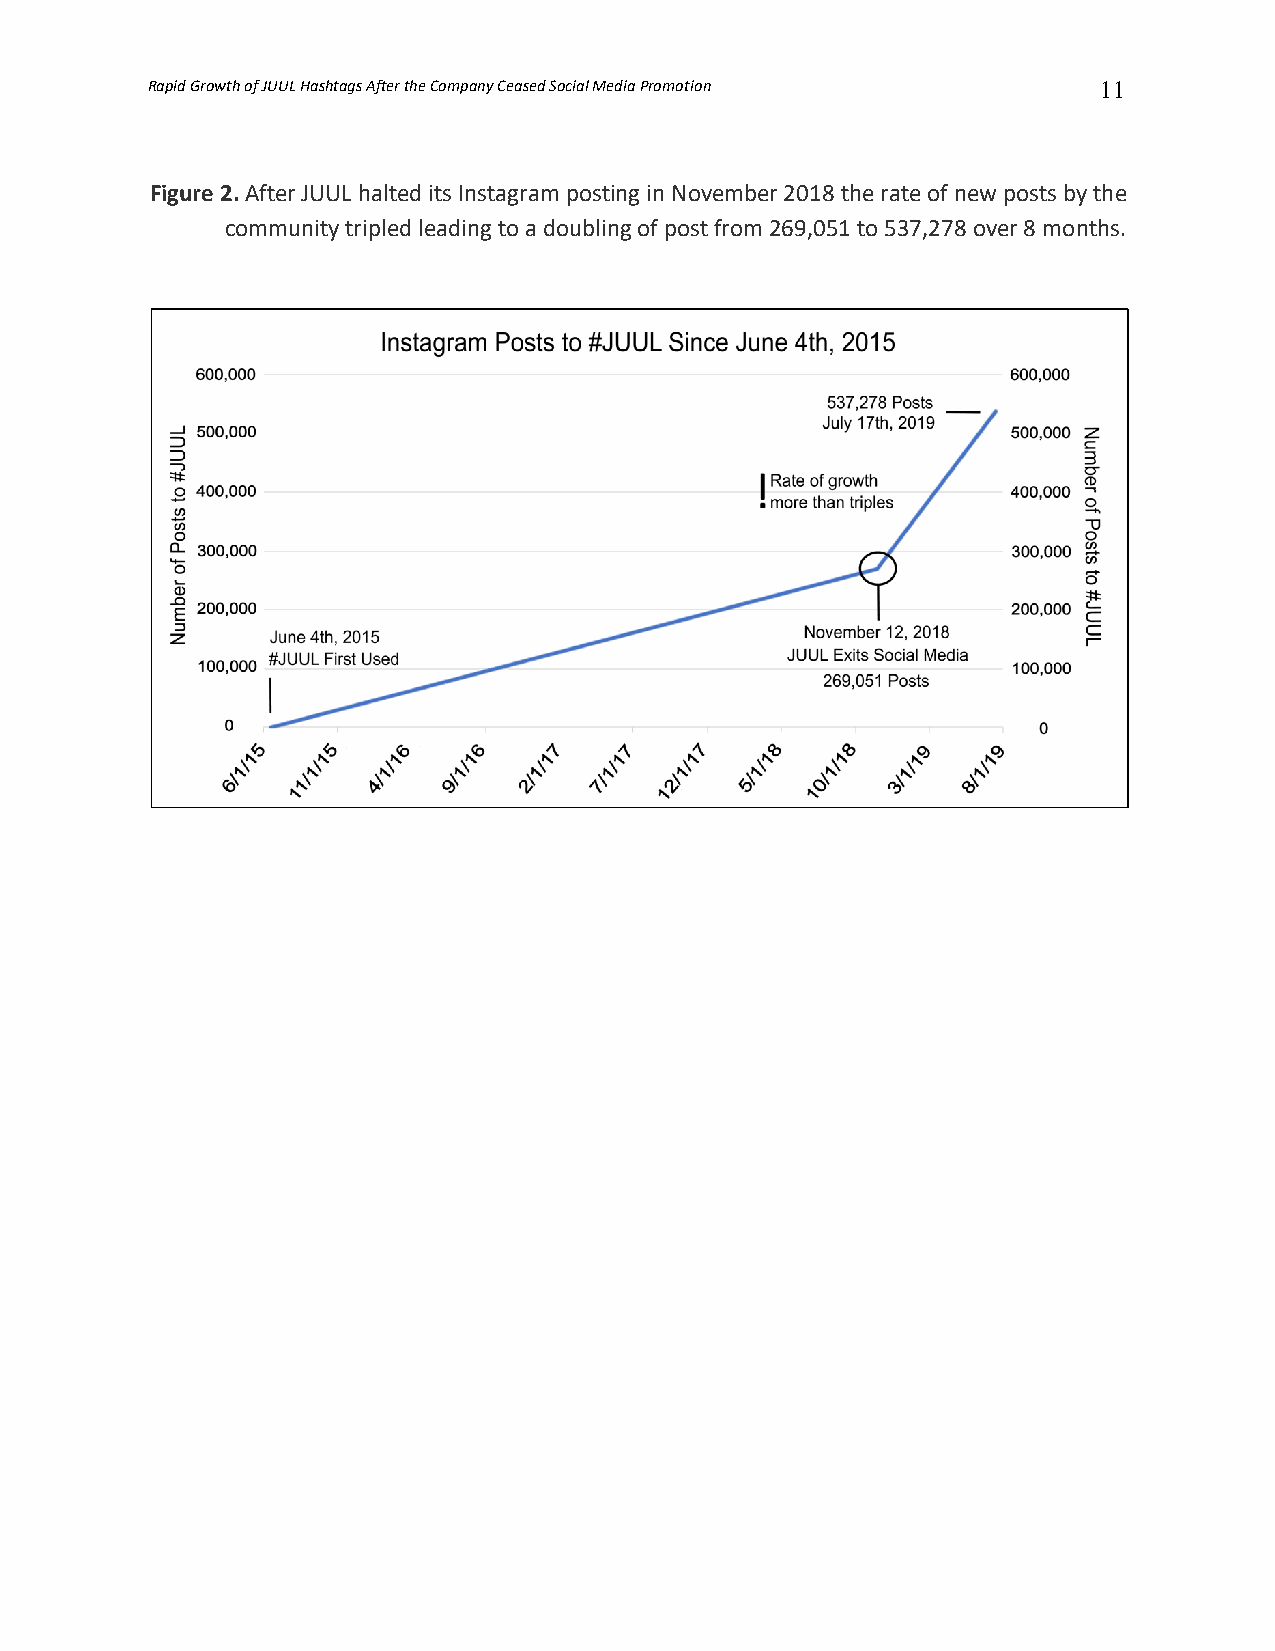
Rapid Growth of JUUL Hashtags After the Company Ceased Social Media Promotion 11
 Figure 2. After JUUL halted its Instagram posting in November 2018 the rate of new posts by the
 community tripled leading to a doubling of post from 269,051 to 537,278 over 8 months.